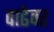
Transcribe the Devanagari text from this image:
वाढेवर